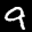
Label: 9